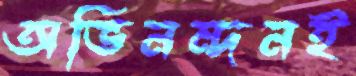
অভিনন্দনই